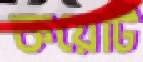
কয়েটি